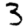
Digit: 3